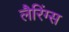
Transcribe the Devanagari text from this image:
लैरिंग्स